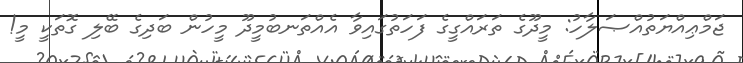
ޖަމްޢިއްޔަތުއްޞަލާހު: މީދޫގެ ތަރައްގީގެ ފަހަތުގައިވާ އެއްތަނބުމީދޫ މީހުން ބަދިގެ ބޭލި ގޮތަކީ މީ!